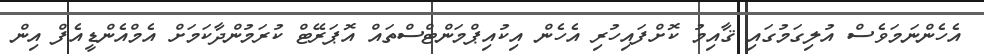
އެހެންނަމަވެސް އުލިގަމުގައި ޤާއިމު ކޮށްފައިހުރި އެހެން އިކުއިޕްމަންޓްސްތައް އޮޕަރޭޓް ކުރަމުންދާކަމަށް އެމްއެންޑީއެފް އިން